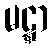
မဋ္ဋာ